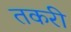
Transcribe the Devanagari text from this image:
तकरी